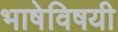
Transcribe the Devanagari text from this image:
भाषेविषयी